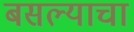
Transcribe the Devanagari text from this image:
बसल्याचा